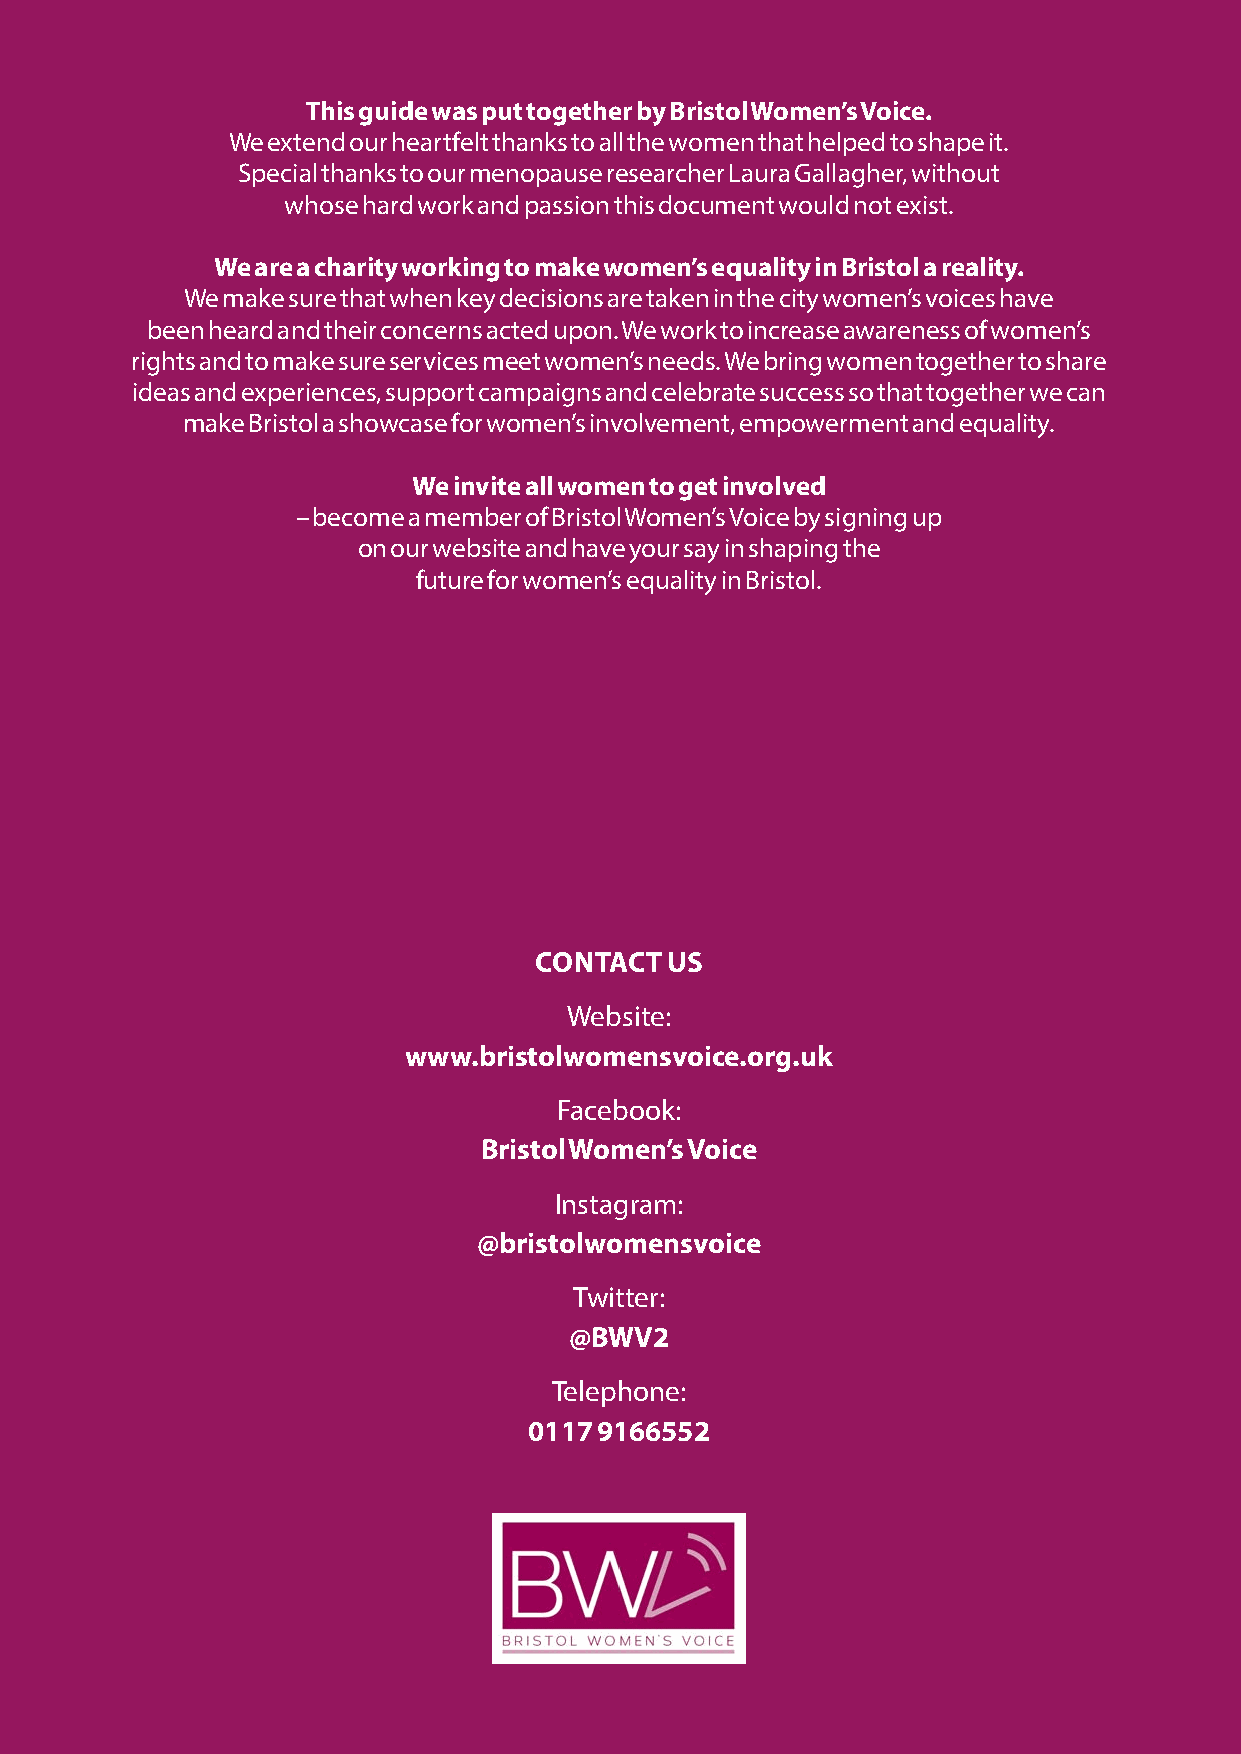
This guide was put together by Bristol Women’s Voice.
 We extend our heartfelt thanks to all the women that helped to shape it.
 Special thanks to our menopause researcher Laura Gallagher, without
 whose hard work and passion this document would not exist.
 We are a charity working to make women’s equality in Bristol a reality.
 We make sure that when key decisions are taken in the city women’s voices have
 been heard and their concerns acted upon. We work to increase awareness of women’s
 rights and to make sure services meet women’s needs. We bring women together to share
 ideas and experiences, support campaigns and celebrate success so that together we can
 make Bristol a showcase for women’s involvement, empowerment and equality.
 We invite all women to get involved
 – become a member of Bristol Women’s Voice by signing up
 on our website and have your say in shaping the
 future for women’s equality in Bristol.
 CONTACT  US
 Website:
 www.bristolwomensvoice.org.uk
 Facebook:
 Bristol Women’s Voice
 Instagram:
 @bristolwomensvoice
 Twitter:
 @BWV2
 Telephone:
 0117 9166552